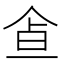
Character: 𩚃